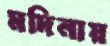
মদিনায়